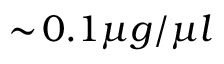
\sim \! 0 . 1 \mu g / \mu l